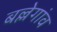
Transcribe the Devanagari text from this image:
बल्लेगांव